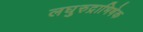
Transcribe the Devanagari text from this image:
लघुरुद्राभिषेक